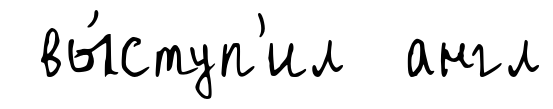
вы́ступ'ил англ